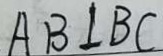
A B \bot B C